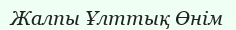
Жалпы Ұлттық Өнім